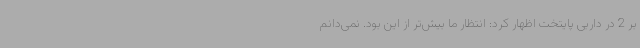
بر 2 در داربی پایتخت اظهار کرد: انتظار ما بیش‌تر از این بود. نمی‌دانم